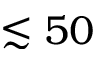
\lesssim 5 0